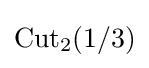
\mathrm {Cut} _{2}(1/3)